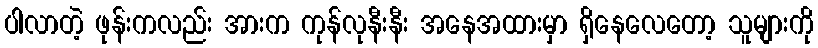
ပါလာတဲ့ ဖုန်းကလည်း အားက ကုန်လုနီးနီး အနေအထားမှာ ရှိနေလေတော့ သူများကို